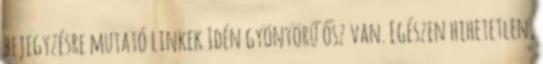
bejegyzésre mutató linkek Idén gyönyörű ősz van. Egészen hihetetlen,